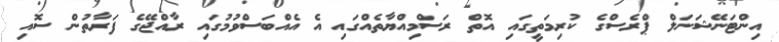
އިންޓަނޭޝަނަލް ޕްރެސްގެ ކުރިމަތީގައި އޮތް ރަސްމިއްޔާތެއްގައި އެ އެއްބަސްވުމުގައި ރާއްޖޭގެ ފަރާތުން ސޮއި